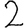
Digit: 2